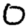
Digit: 0